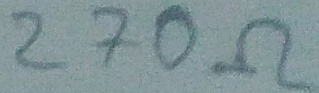
Text: 270Ω